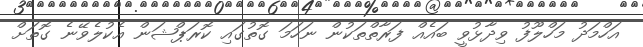
އަހްމަދު މަހްލޫފު ވިދާޅުވީ ބައެއް ފަރާތްތަކުން ނަހަމަ ގޮތުގައި ކޮރަޕްޝަން އެކުލެވޭނެ ގޮތަށް